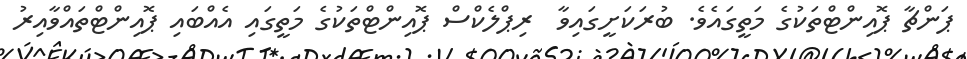
ޕަންޗާ ޕޮއިންޓްތަކުގެ މަތީގައެވެ. ބުރަކަށީގައިވާ  ރިޕްލެކްސް ޕޮއިންޓްތަކުގެ މަތީގައި އެއްބައި ޕޮއިންޓްތައްވާއިރު